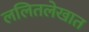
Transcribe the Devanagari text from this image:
ललितलेखात